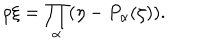
\rho \xi = \prod _ { \alpha } ( \eta - P _ { \alpha } ( \zeta ) ) .